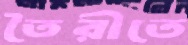
তৈরীতে